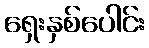
ရှေးနှစ်ပေါင်း